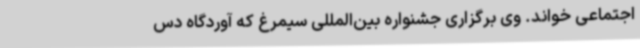
اجتماعی خواند. وی برگزاری جشنواره‌ بین‌المللی سیمرغ که آوردگاه دس